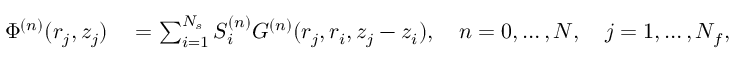
\begin{array} { r l } { \Phi ^ { ( n ) } ( r _ { j } , z _ { j } ) } & { { } = \sum _ { i = 1 } ^ { N _ { s } } S _ { i } ^ { ( n ) } G ^ { ( n ) } ( r _ { j } , r _ { i } , z _ { j } - z _ { i } ) , \quad n = 0 , \ldots , N , \quad j = 1 , \ldots , N _ { f } , } \end{array}